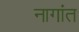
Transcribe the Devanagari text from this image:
नागांत